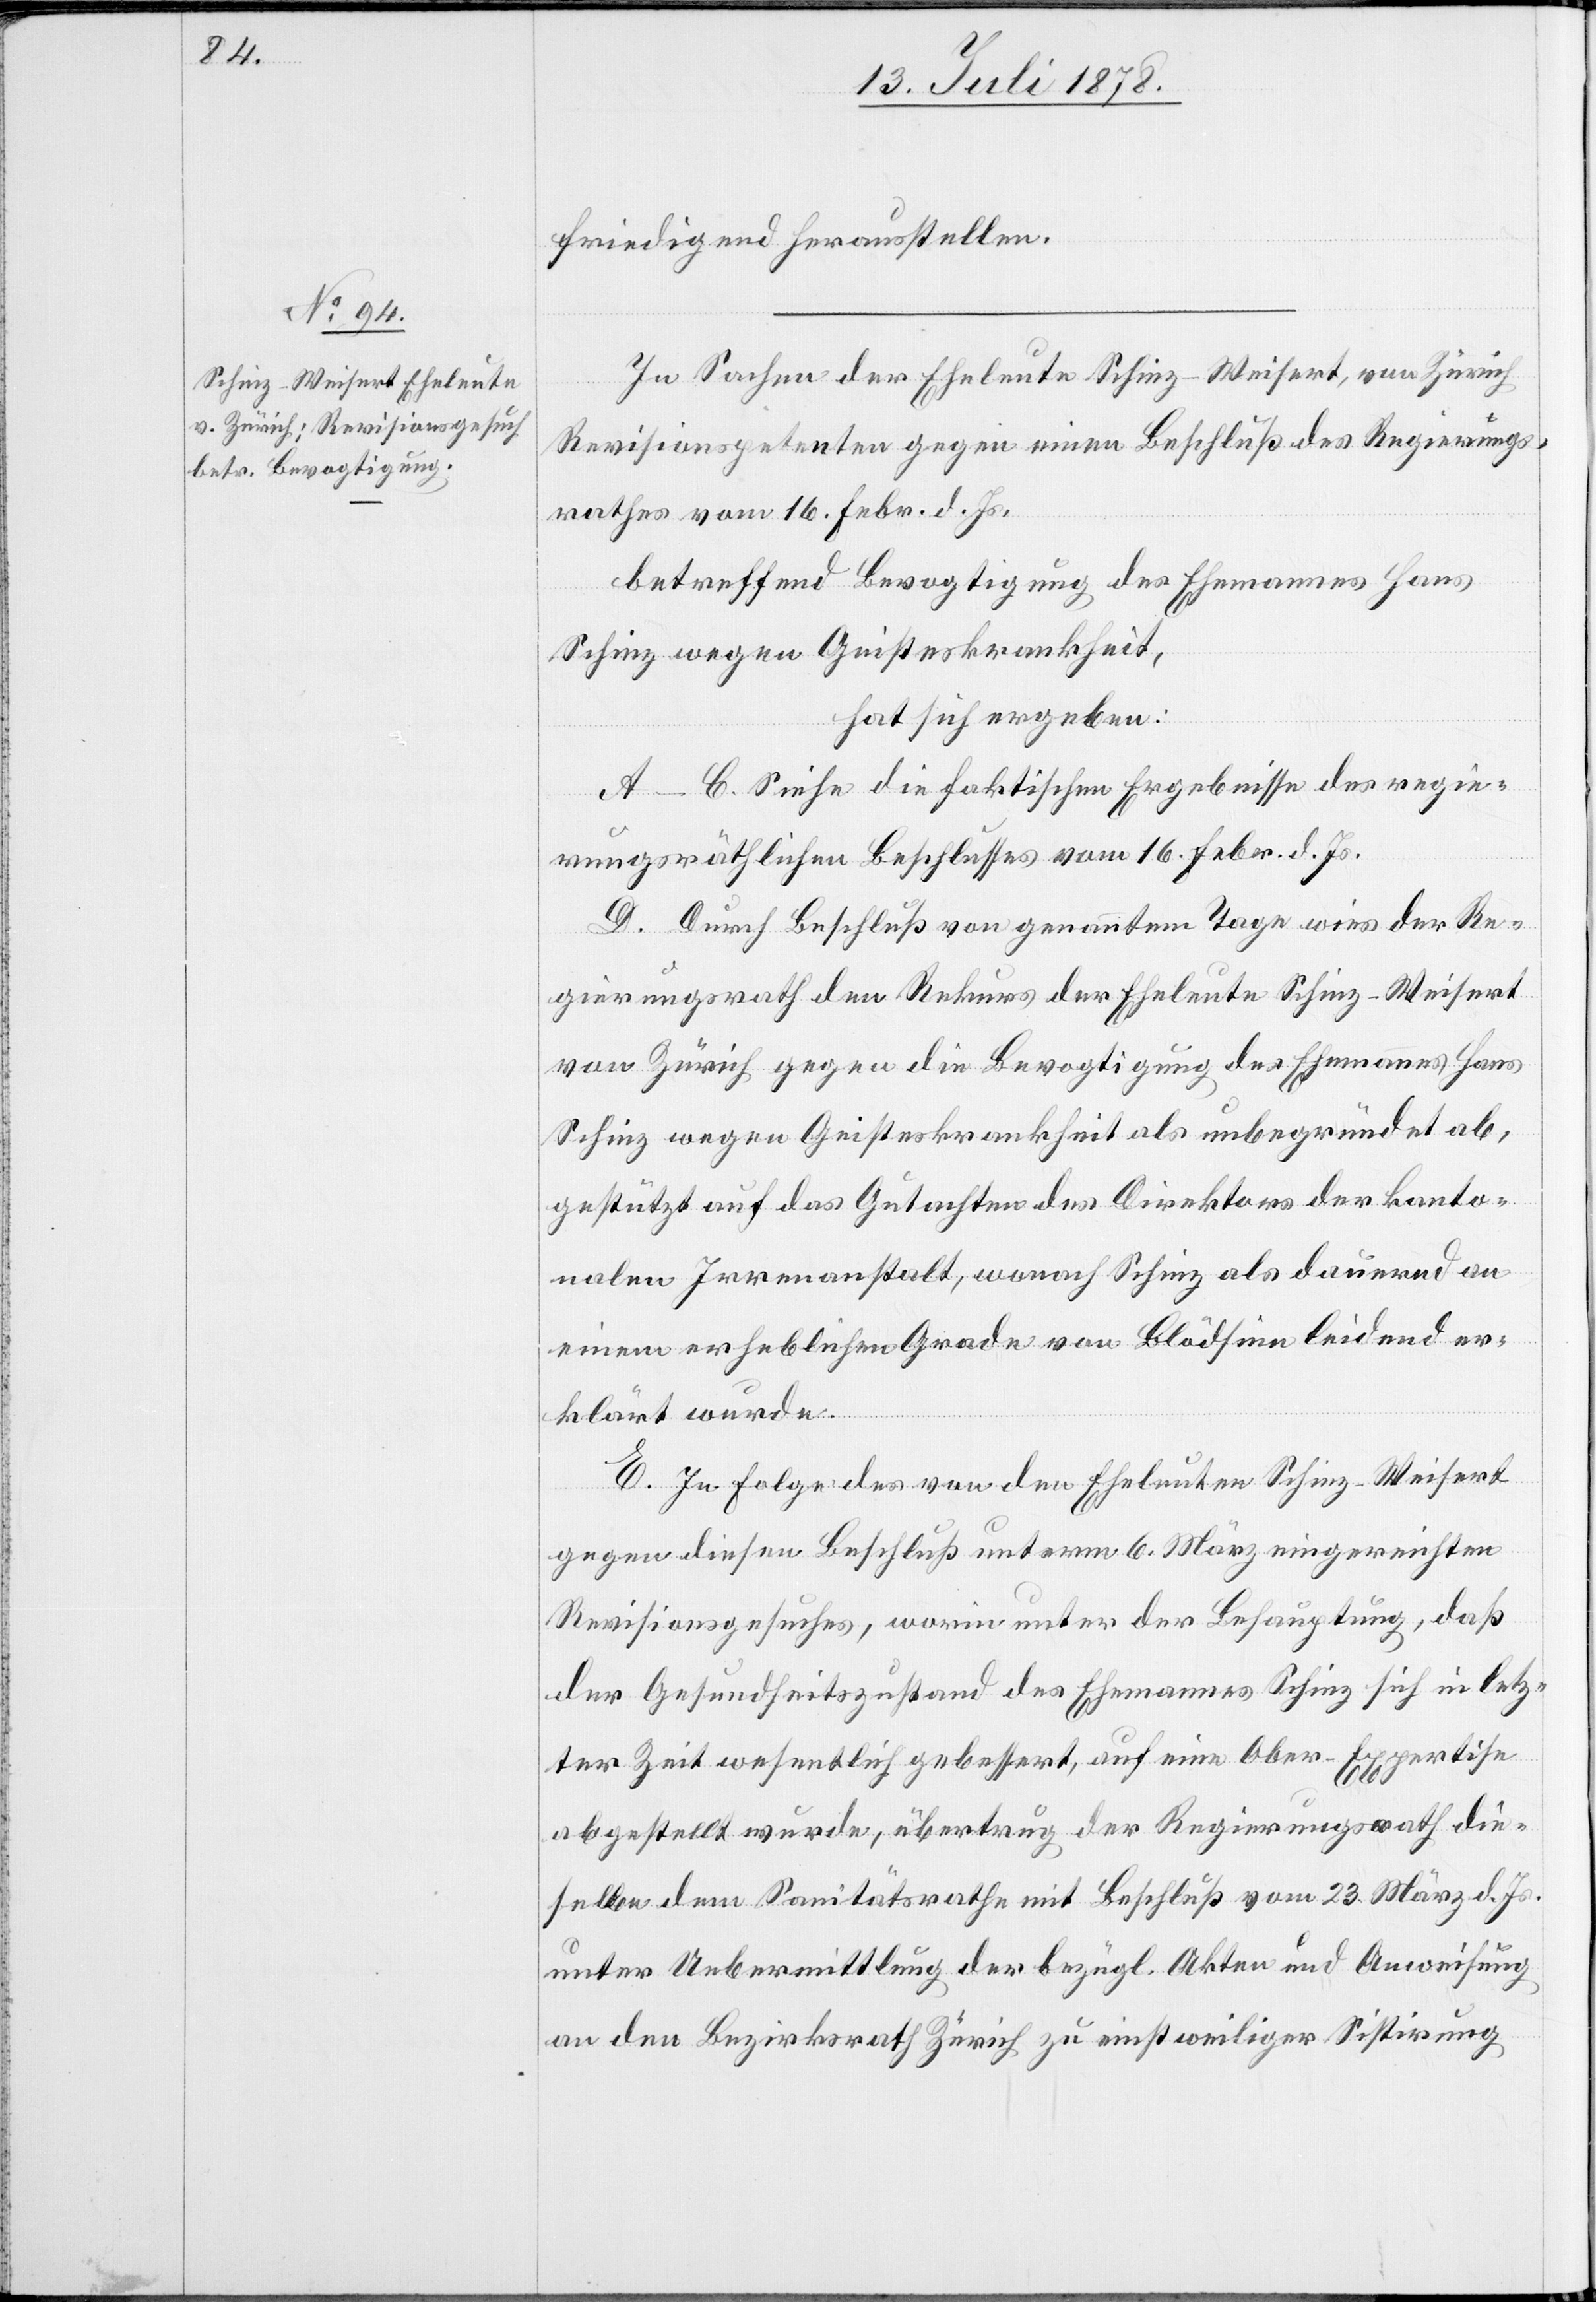
friedigend herausstellen.
In Sachen der Eheleute Schinz-Weisert, von Zürich
Revisionspetenten gegen einen Beschluß des Regierungs¬
rathes vom 16. Febr. d. Js,
betreffend Bevogtigung des Ehemannes Hans
Schinz wegen Geisteskrankheit,
hat sich ergeben:
A–C. Siehe die faktischen Ergebnisse des regie¬
rungsräthlichen Beschlusses vom 16. Febr. d. Js.
D. Durch Beschluß von genanntem Tage wies der Re¬
gierungsrath den Rekurs der Eheleute Schinz-Weisert
von Zürich gegen die Bevogtigung des Ehemannes Hans
Schinz wegen Geisteskrankheit als unbegründet ab,
gestützt auf das Gutachten des Direktors der kanto¬
nalen Irrenanstalt, wonach Schinz als dauernd an
einem erheblichen Grade von Blödsinn leidend er¬
klärt wurde.
E. In Folge des von den Eheleuten Schinz-Weisert
gegen diesen Beschluß unterm 6. März eingereichten
Revisionsgesuches, worin unter der Behauptung, daß
der Gesundheitszustand des Ehemannes Schinz sich in letz¬
ter Zeit wesentlich gebessert, auf eine Ober-Expertise
abgestellt wurde, übertrug der Regierungsrath die¬
selbe dem Sanitätsrathe mit Beschluß vom 23. März d. Js.
unter Uebermittlung der bezügl. Akten und Anweisung
an den Bezirksrath Zürich zu einstweiliger Sistirung